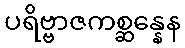
ပရိဗ္ဗာဇကစ္ဆန္နေန